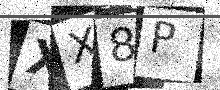
Text: XX8P